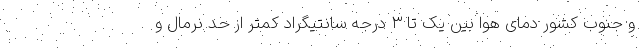
و جنوب کشور دمای هوا بین یک تا ۳ درجه سانتیگراد کمتر از حد نرمال و